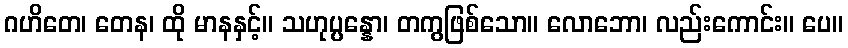
ဂဟိတေ၊ တေန၊ ထို မာနနှင့်။ သဟုပ္ပန္နော၊ တကွဖြစ်သော။ လောဘော၊ လည်းကောင်း။ ပေ။